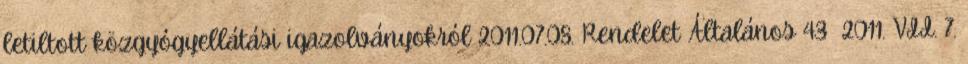
letiltott közgyógyellátási igazolványokról 2011.07.08. Rendelet Általános 43 2011. VII. 7.